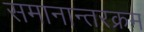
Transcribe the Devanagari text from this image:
समानान्तरक्रम